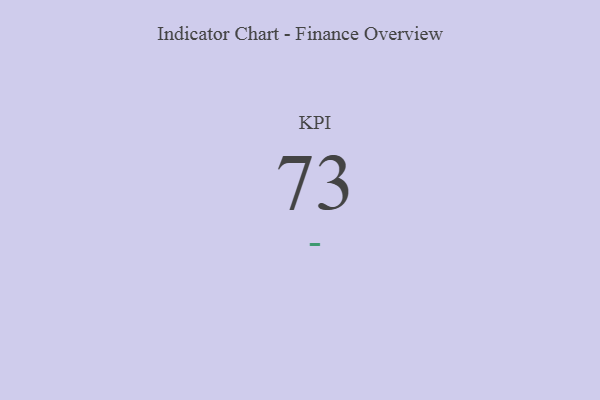
{"axis": {"x": "KPI", "y": "Value"}, "legend": [""], "data": [{"x": "KPI", "y": 73, "type": ""}]}